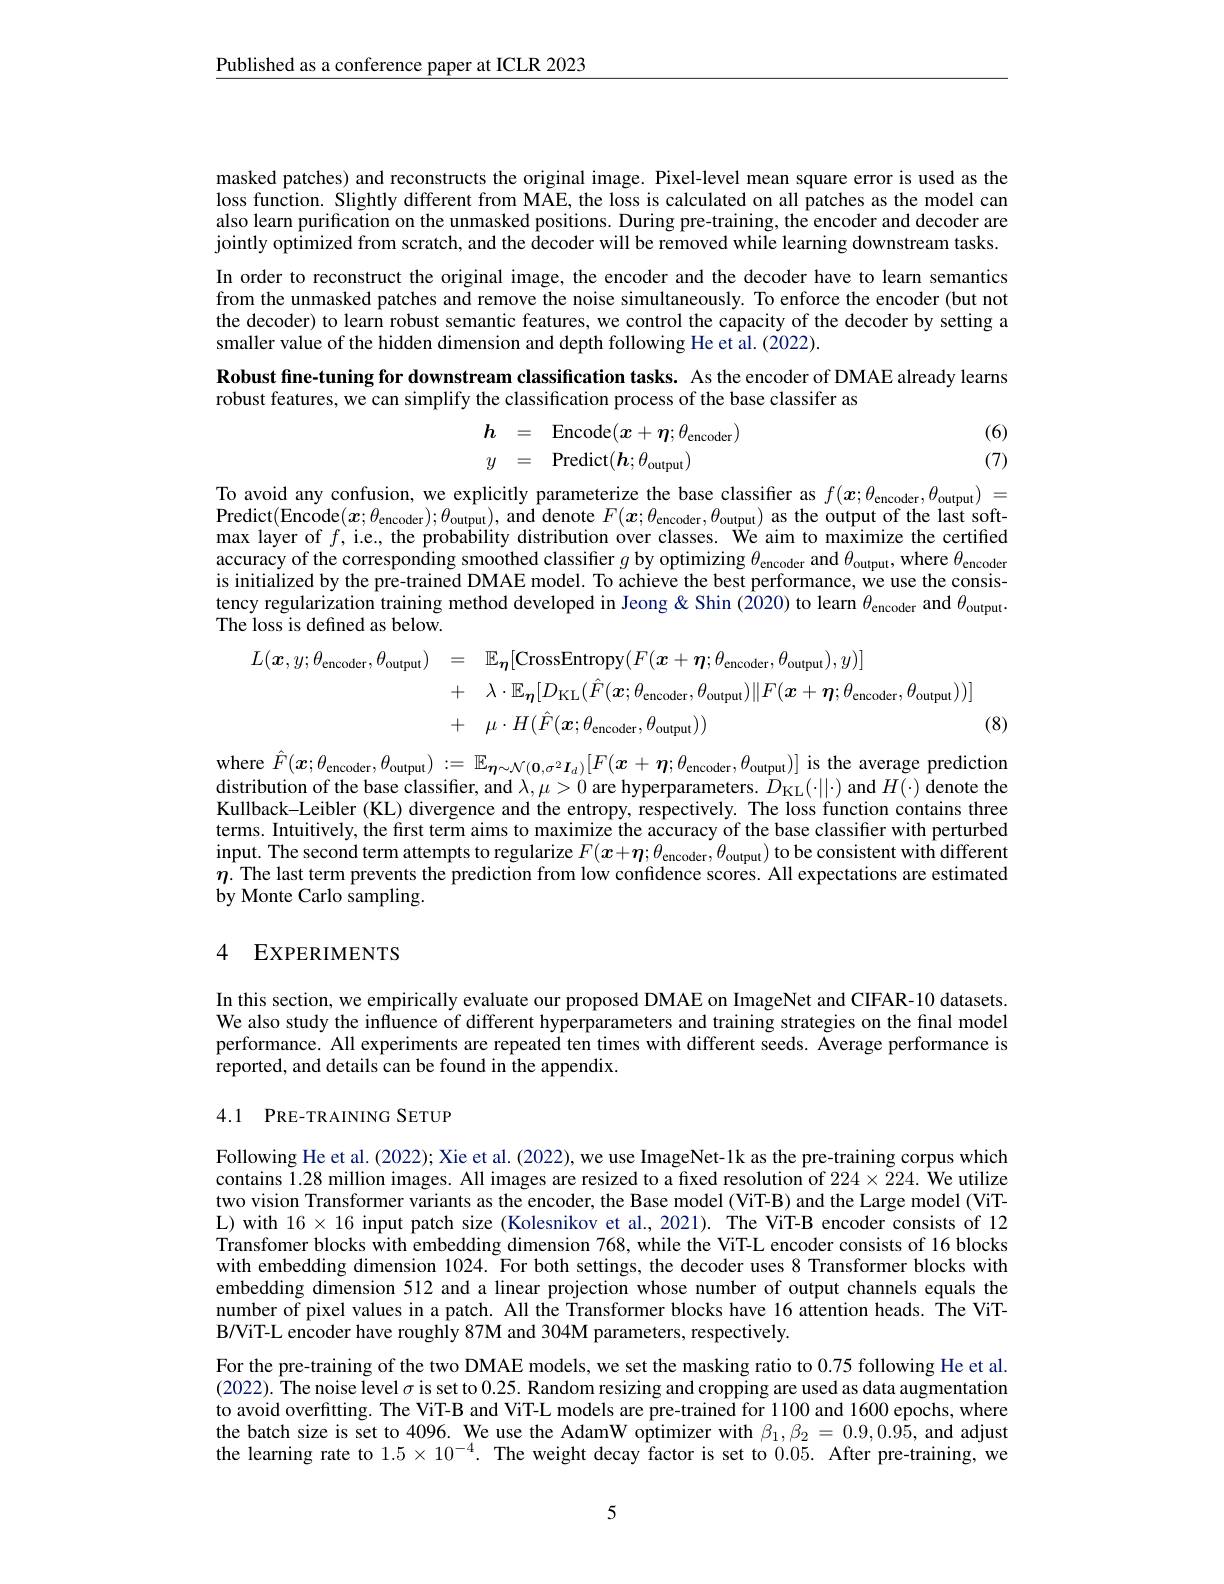
$\underline{\text{Published as a conference paper at ICLR 2023}}$

masked patches) and reconstructs the original image. Pixel-level mean square error is used as the loss function. Slightly different from MAE, the loss is calculated on all patches as the model cam also learn purification on the unmasked positions. During pre-training, the encoder and decoder are jointly optimized from scratch, and the decoder will be removed while learning downstream tasks. In order to reconstruct the original image, the encoder and the decoder have to learn semantics from the unmasked patches and remove the noise simultaneously. To enforce the encoder (but not the decoder) to learn robust semantic features, we control the capacity of the decoder by setting a smaller value of the hidden dimension and depth following He et al.(2022).
Robust fine-tuning for downstream classification tasks. As the encoder of DMAE already learns
robust features, we can simplify the classification process of the base classifer as
$$\begin{aligned}&h=\quad\mathrm{Encode}(\boldsymbol{x}+\boldsymbol{\eta};\theta_{\mathrm{encoder}})\\&y\quad=\quad\mathrm{Predict}(\boldsymbol{h};\theta_{\mathrm{output}})\\\end{aligned}$$
(6) (7)

To avoid any confusion, we explicitly parameterize the base classifier as $f(x;\theta_{\mathrm{encoder}},\theta_{\mathrm{output}})=$ $\begin{aligned}\text{Predict}(\text{Encode}(\boldsymbol{x};\theta_{\mathrm{encoder}});\theta_{\mathrm{output}}),&\text{and denote }F(\boldsymbol{x};\theta_{\mathrm{encoder}},\theta_{\mathrm{output}})&\text{as the output of the last soft-}\\\mathbf{a}_{\mathrm{i}}=\mathbf{a}_{\mathrm{i}}=\mathbf{a}_{\mathrm{i}}=\mathbf{a}_{\mathrm{i}}=\mathbf{a}_{\mathrm{i}}=\mathbf{a}_{\mathrm{i}}=\mathbf{a}_{\mathrm{i}}=\mathbf{a}_{\mathrm{i}}=\mathbf{a}_{\mathrm{i}}=\mathbf{a}_{\mathrm{i}}=\mathbf{a}_{{\mathrm{i}}}=\mathbf{a}\end{aligned}$ max layer of $f$,i. e, the probability distribution over classes. We aim to maximize the certified accuracy of the corresponding smoothed classifier $g$ by optimizing $\theta _{\mathrm{encoder}}$ and $\theta _{\mathrm{output}}$, where $\theta _{\mathrm{encoder}}$ is initialized by the pre-trained DMAE model. To achieve the best performance, we use the consis- $\begin{array}{l}\text{tency regularization training method developed in Jeong Shin (2020) to learn }\theta_{\mathrm{encoder}}\mathrm{~and~}\theta_{\mathrm{output}}.\\\text{The loss is defined as below.}\end{array}$
$$\begin{aligned}L(\boldsymbol{x},y;\theta_{\mathrm{encoder}},\theta_{\mathrm{output}})&=\quad\mathbb{E}_{\boldsymbol{\eta}}[\text{CrossEntropy}(F(\boldsymbol{x}+\boldsymbol{\eta};\theta_{\mathrm{encoder}},\theta_{\mathrm{output}}),y)]\\&+\quad\lambda\cdot\mathbb{E}_{\boldsymbol{\eta}}[D_{\mathrm{KL}}(\hat{F}(\boldsymbol{x};\theta_{\mathrm{encoder}},\theta_{\mathrm{output}})\|F(\boldsymbol{x}+\boldsymbol{\eta};\theta_{\mathrm{encoder}},\theta_{\mathrm{output}}))]\\&+\quad\mu\cdot H(\hat{F}(\boldsymbol{x};\theta_{\mathrm{cncoder}},\theta_{\mathrm{output}}))\end{aligned}$$
(8)

where $\hat{F}(\boldsymbol{x};\theta_{\mathrm{encoder}},\theta_{\mathrm{output}}):=\mathbb{E}_{\boldsymbol{\eta}\sim\mathcal{N}(\boldsymbol{0},\sigma^{2}\boldsymbol{I}_{d})}[F(\boldsymbol{x}+\boldsymbol{\eta};\theta_{\mathrm{encoder}},\theta_{\mathrm{output}})]$ is the average prediction distribution of the base classifier, and $\lambda,\mu>0$ are hyperparameters. $D_{\mathrm{KL}}(\cdot||\cdot)$ and $H(\cdot)$ denote the Kullback-Leibler (KL) divergence and the entropy, respectively. The loss function contains three terms. Intuitively, the first term aims to maximize the accuracy of the base classifier with perturbed input. The second term attempts to regularize $F(x+\boldsymbol{\eta};\theta_{\mathrm{encoder}},\theta_{\mathrm{output}})$ to be consistent with different $\eta.$ The last term prevents the prediction from low confidence scores. All expectations are estimated by Monte Carlo sampling.

## 4 EXPERIMENTS

In this section, we empirically evaluate our proposed DMAE on ImageNet and CIFAR-10 datasets We also study the influence of different hyperparameters and training strategies on the final model performance. All experiments are repeated ten times with different seeds. Average performance is reported, and details can be found in the appendix.

## 4.1 PRE-TRAINING SETUP

Following He et al. (2022); Xie et al. (2022), we use ImageNet-1k as the pre-training corpus which contains 1.28 million images. All images are resized to a fixed resolution of $224\times224.$ We utilize two vision Transformer variants as the encoder, the Base model (ViT-B) and the Large model (ViTL) with $16\times16$ input patch size (Kolesnikov et al.,2021). The ViT-B encoder consists of 12 Transfomer blocks with embedding dimension 768, while the ViT-L encoder consists of 16 blocks with embedding dimension 1024. For both settings, the decoder uses 8 Transformer blocks with embedding dimension 512 and a linear projection whose number of output channels equals the number of pixel values in a patch. All the Transformer blocks have 16 attention heads. The ViTB/ViT-L encoder have roughly 87M and 304M parameters, respectively.
For the pre-training of the two DMAE models, we set the masking ratio to 0.75 following He et al. (2022). The noise level $\sigma$ is set to 0.25. Random resizing and cropping are used as data augmentation to avoid overfitting. The ViT-B and ViT-L models are pre-trained for 1100 and 1600 epochs, where the batch size is set to 4096. We use the AdamW optimizer with $\beta_1,\beta_2=0.9,0.9\hat{5}$, and adjust the learning rate to $1.5\times10^{-4}.$ The weight decay factor is set to 0.05. After pre-training, we

5